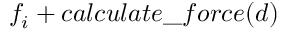
f _ { i } + c a l c u l a t e \_ f o r c e ( d )